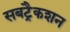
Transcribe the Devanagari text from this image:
सबट्रैकशन